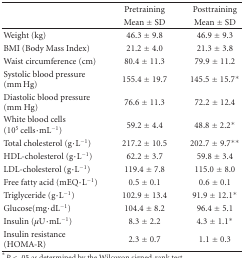
<table><thead><tr><td></td><td><b> Pretraining</b></td><td><b> Posttraining</b></td></tr><tr><td></td><td><b>Mean ± SD</b></td><td><b> Mean ± SD</b></td></tr></thead><tbody><tr><td>Weight (kg)</td><td>46.3 ± 9.8</td><td>46.9 ± 9.3</td></tr><tr><td>BMI (Body Mass Index)</td><td>21.2 ± 4.0</td><td>21.3 ± 3.8</td></tr><tr><td>Waist circumference (cm)</td><td>80.4 ± 11.3</td><td>79.9 ± 11.2</td></tr><tr><td>Systolic blood pressure (mm Hg)</td><td>155.4 ± 19.7</td><td>145.5 ± 15.7*</td></tr><tr><td>Diastolic blood pressure (mm Hg)</td><td>76.6 ± 11.3</td><td>72.2 ± 12.4</td></tr><tr><td>White blood cells (10<sup>5</sup> cells·mL<sup>−1</sup>)</td><td>59.2 ± 4.4</td><td>48.8 ± 2.2*</td></tr><tr><td>Total cholesterol (g·L<sup>−1</sup>)</td><td>217.2 ± 10.5</td><td>202.7 ± 9.7**</td></tr><tr><td>HDL-cholesterol (g·L<sup>−1</sup>)</td><td>62.2 ± 3.7</td><td>59.8 ± 3.4</td></tr><tr><td>LDL-cholesterol (g·L<sup>−1</sup>)</td><td>119.4 ± 7.8</td><td>115.0 ± 8.0</td></tr><tr><td>Free fatty acid (mEQ·L<sup>−1</sup>)</td><td>0.5 ± 0.1</td><td>0.6 ± 0.1</td></tr><tr><td>Triglyceride (g·L<sup>−1</sup>)</td><td>102.9 ± 13.4</td><td>91.9 ± 12.1*</td></tr><tr><td>Glucose(mg·dL<sup>−1</sup>)</td><td>104.4 ± 8.2</td><td>96.4 ± 5.1</td></tr><tr><td>Insulin (<i>μ</i>U·mL<sup>−1</sup>)</td><td>8.3 ± 2.2</td><td>4.3 ± 1.1*</td></tr><tr><td>Insulin resistance (HOMA-R)</td><td>2.3 ± 0.7</td><td> 1.1 ± 0.3</td></tr></tbody></table>